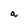
Character: a